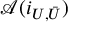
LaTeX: { \mathcal { A } } ( i _ { U , { \bar { U } } } )